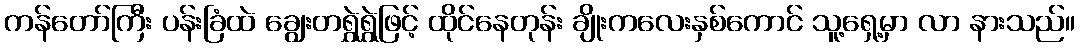
ကန်တော်ကြီး ပန်းခြံထဲ ချွေးတရွှဲရွှဲဖြင့် ထိုင်နေတုန်း ချိုးကလေးနှစ်ကောင် သူ့ရှေ့မှာ လာ နားသည်။